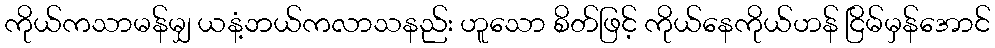
ကိုယ်ကသာမန်မျှ ယနံ့ဘယ်ကလာသနည်း ဟူသော စိတ်ဖြင့် ကိုယ်နေကိုယ်ဟန် ငြိမ်မှန်အောင်